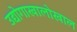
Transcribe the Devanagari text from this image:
उद्योगाखालोखाल